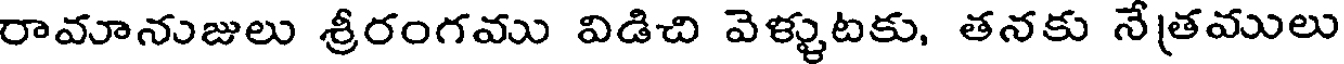
రామానుజులు శ్రీరంగము విడిచి వెళ్ళుటకు, తనకు నేత్రములు